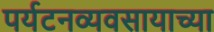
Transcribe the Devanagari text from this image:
पर्यटनव्यवसायाच्या